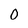
Character: 0